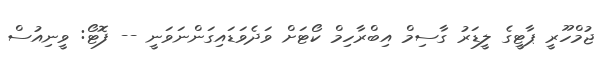
ޖުމްހޫރީ ޕާޓީގެ ލީޑަރު ގާސިމް އިބްރާހިމް ކޯޓަށް ވަދެވަޑައިގަންނަވަނީ -- ފޮޓޯ: ވީނިއުސް